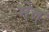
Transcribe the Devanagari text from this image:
मेत